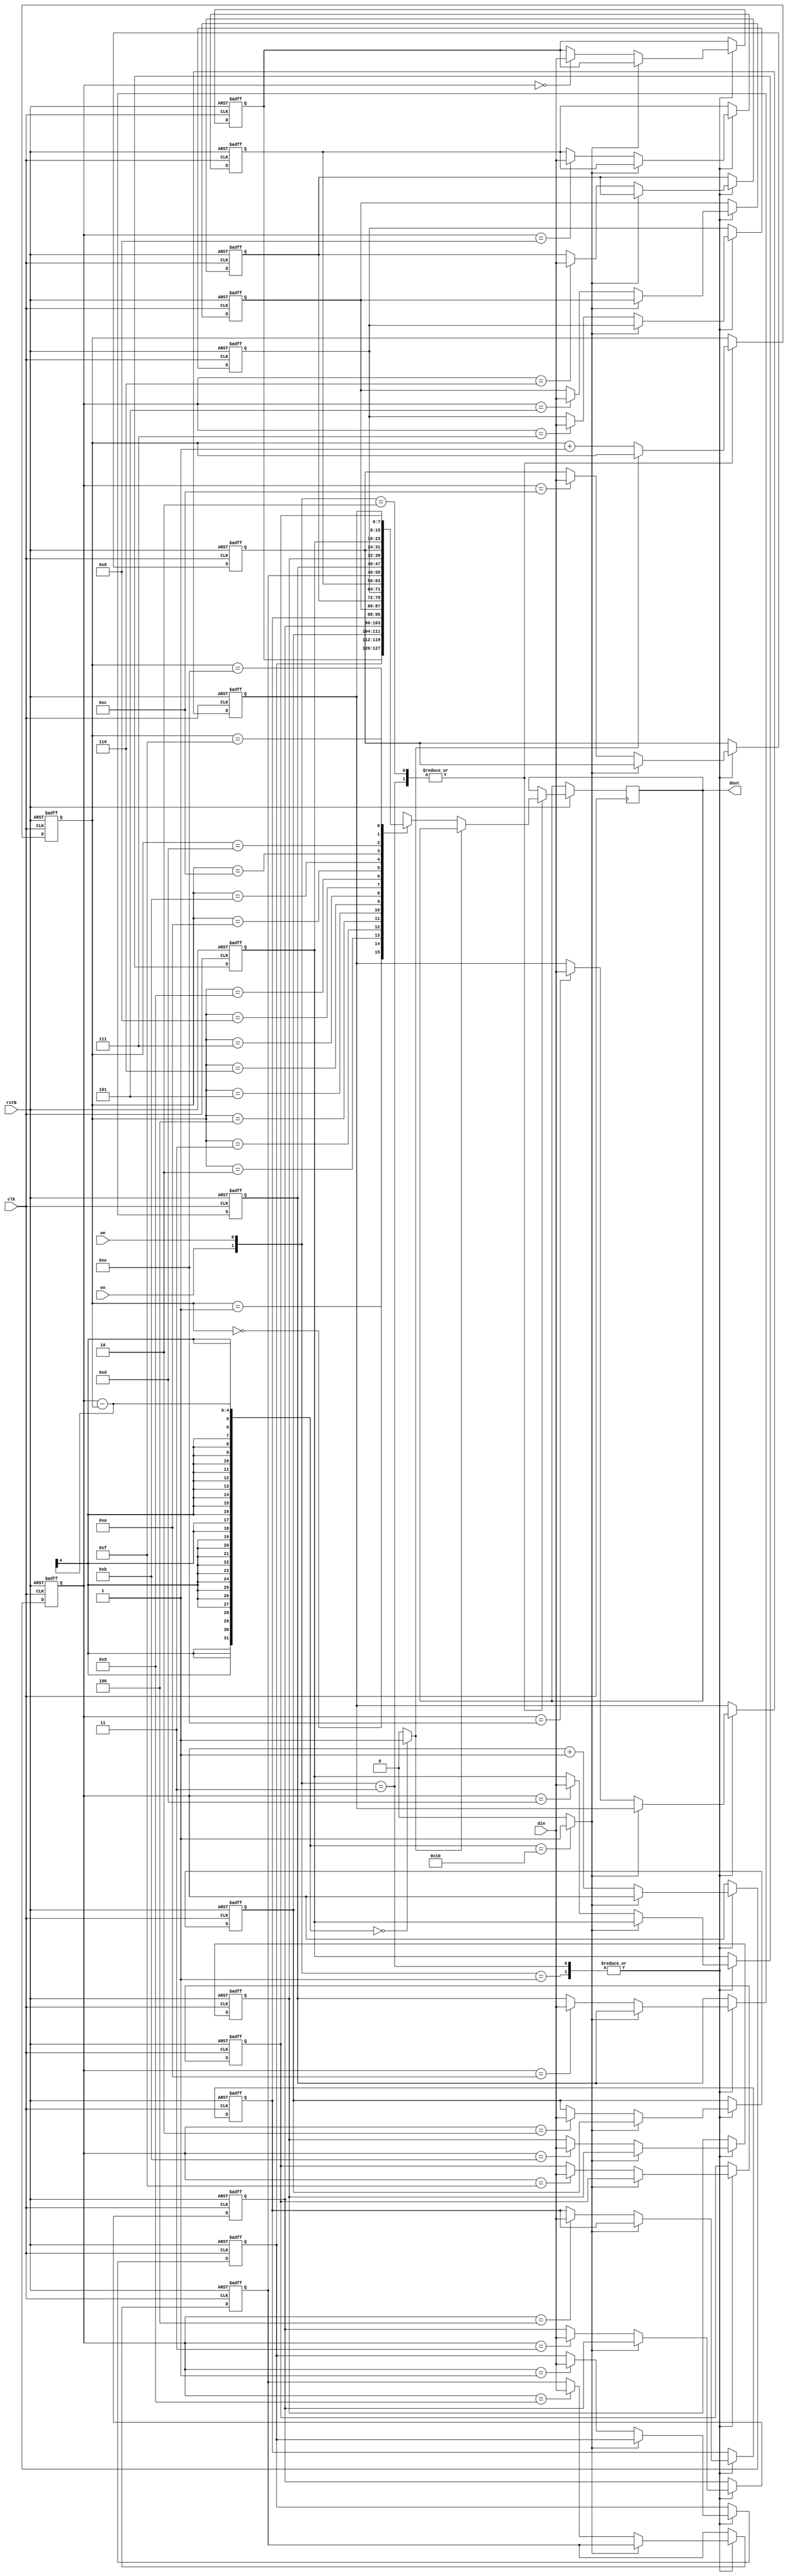
`timescale 1ns / 1ps
//////////////////////////////////////////////////////////////////////////////////
// Company: 
// Engineer: 
// 
// Design Name: 
// Module Name: FIFO
// Project Name: 
// Target Devices: 
// Tool Versions: 
// Description: 
// 
// Dependencies: 
// 
// Revision:
// Revision 0.01 - File Created
// Additional Comments:
// clk  : Clock 
// rstN : Negative Reset
// en   : Read Enable
// we  : Write Enable
// din  : input data
// dout : output data
//////////////////////////////////////////////////////////////////////////////////


module FIFO #(  parameter DATA_BITWIDTH = 8,
                parameter ADDR_BITWIDTH = 4)  
            (   input clk, rstN, en, we,
                input[DATA_BITWIDTH-1:0] din,
                output reg[DATA_BITWIDTH-1:0] dout  );
    localparam DEPTH = 1 << ADDR_BITWIDTH;
    integer i; 

    reg[ADDR_BITWIDTH-1:0] wr_ptr;
    reg[ADDR_BITWIDTH-1:0] rd_ptr;
    reg[DATA_BITWIDTH-1:0] memory[0:DEPTH-1];

    wire full, empty;
    assign full = (wr_ptr - rd_ptr) == DEPTH ? 1'b1 : 1'b0;
    assign empty = (wr_ptr - rd_ptr) == 0 ? 1'b1 : 1'b0;

    always @(posedge clk, negedge rstN) begin
        if(!rstN) begin
            for(i = 0; i < DEPTH; i = i + 1) begin
                memory[i] <= 0;
            end
            wr_ptr <= 0;
            rd_ptr <= 0;
        end
        else begin
            case({en, we}) 
            2'b00 :;
            2'b01 : begin // write to fifo (enqueue)
                        if(!full) begin
                            memory[wr_ptr] <= din;
                            wr_ptr <= wr_ptr + 1;
                        end
                    end
            2'b10 : begin // read from fifo (dequeue) *NOTE : Not sure that clearing memory cell is required.
                        if(!empty) begin
                            dout <= memory[rd_ptr];
                            rd_ptr <= rd_ptr + 1;
                        end
                    end
            2'b11 : begin // read & write concurrently
                        if(!full) begin
                            memory[wr_ptr] <= din;
                            wr_ptr <= wr_ptr + 1;
                        end
                        if(!empty) begin
                            dout <= memory[rd_ptr];
                            rd_ptr <= rd_ptr + 1;
                        end
                    end
            endcase
        end
    end

endmodule